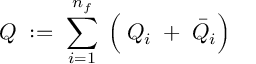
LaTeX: { \cal Q } \; : = \; \sum _ { i = 1 } ^ { n _ { f } } \; \left( \frac { } { } Q _ { i } \; + \; \bar { Q } _ { i } \right)